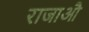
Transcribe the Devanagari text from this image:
राजाऔ